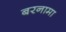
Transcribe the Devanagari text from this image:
बरनामा